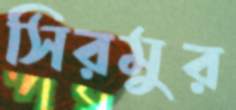
সিরমুর